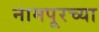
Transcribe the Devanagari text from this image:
नामपूरच्या